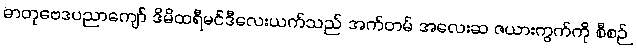
ဓာတုဗေဒပညာကျော် ဒိမိထရီမင်ဒီလေးယက်သည် အက်တမ် အလေးဆ ဇယားကွက်ကို စီစဉ်